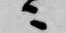
ニ